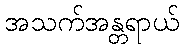
အသက်အန္တရာယ်